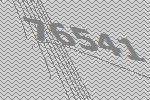
76541